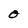
Character: O